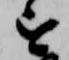
を